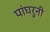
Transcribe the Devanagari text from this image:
पांघरुनी